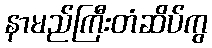
နာမည်ကြီးတံဆိပ်ကွ